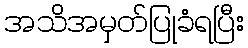
အသိအမှတ်ပြုခံရပြီး